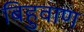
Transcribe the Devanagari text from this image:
बिहुवाण